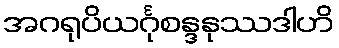
အဂရုပိယင်္ဂုစန္ဒနုဿဒါဟိ